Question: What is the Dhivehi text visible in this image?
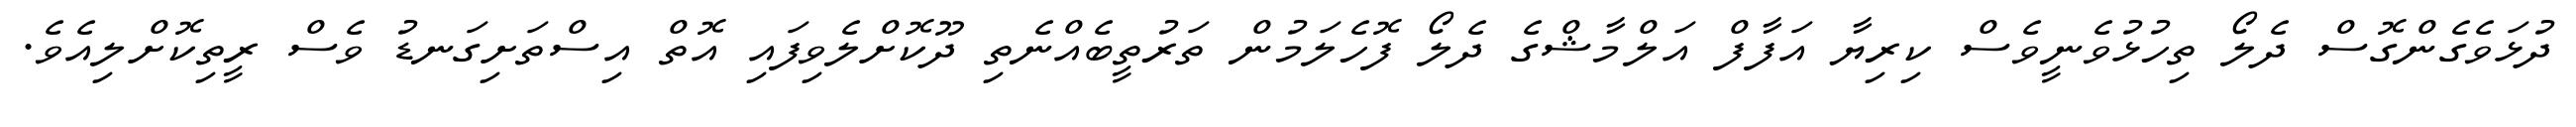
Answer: ދުޅަވެގެންގޮސް ދެލޯ ތިހުޅުވެނީވެސް ކިރިޔާ އަފާފް އަލްމާޝްގެ ދެލޯ ފޮހެލަމުން ތަރުތީބެއްނެތި ދޫކޮށްލެވިފައި އޮތް އިސްތަށިގަނޑު ވެސް ރީތިކޮށްލިއެވެ.